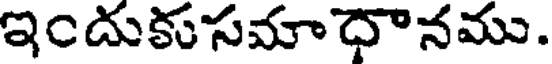
ఇందుకుసమాధానము.